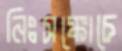
নিঃসঙ্কোচে